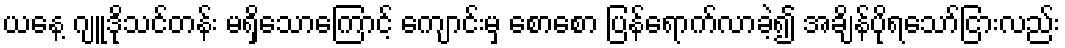
ယနေ့ ဂျူဒိုသင်တန်း မရှိသောကြောင့် ကျောင်းမှ စောစော ပြန်ရောက်လာခဲ့၍ အချိန်ပိုရသော်ငြားလည်း